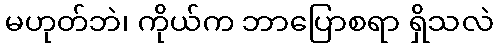
မဟုတ်ဘဲ၊ ကိုယ်က ဘာပြောစရာ ရှိသလဲ